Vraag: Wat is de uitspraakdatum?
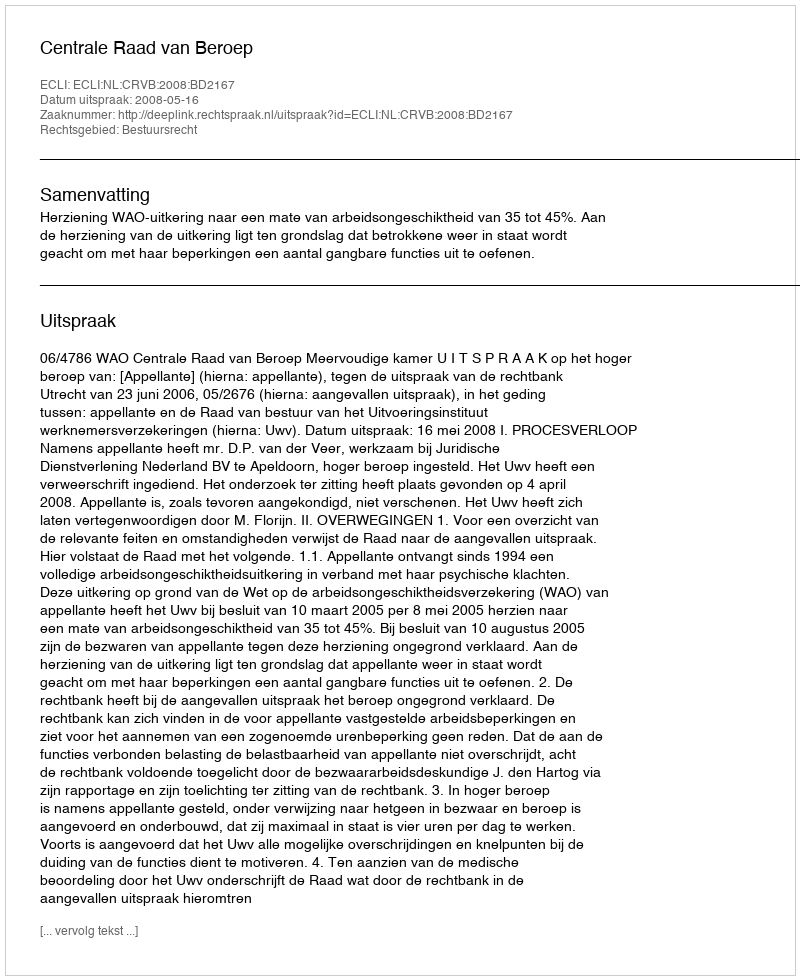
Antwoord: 2008-05-16